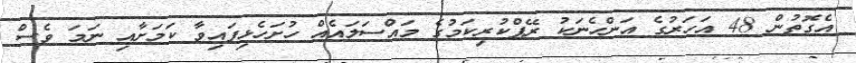
އެގޮތުން 48 އަހަރުގެ އަންހެނަކު ރޭޕްކުރިކަމުގެ މައްސަލައެއް ހުށަހެޅިފައިވާ ކަމަށާއި ނަމަ ވެސް